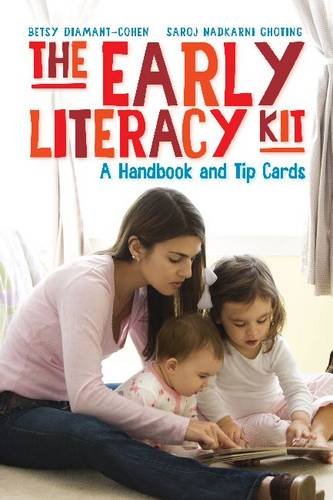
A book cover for The Early Literacy Kit: A Handbook and Tip Cards; Betsy Diamant-Cohen; Reference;